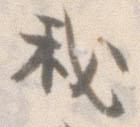
我